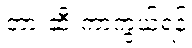
တားဆီးကာကွယ်ရန်